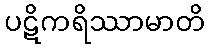
ပဋိကရိဿာမာတိ